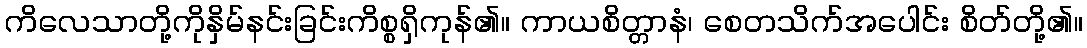
ကိလေသာတို့ကိုနှိမ်နင်းခြင်းကိစ္စရှိကုန်၏။ ကာယစိတ္တာနံ၊ စေတသိက်အပေါင်း စိတ်တို့၏။